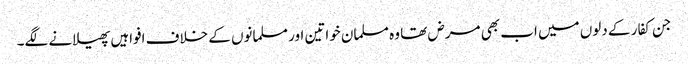
جن کفار کے دلوں میں اب بھی مرض تھا وہ مسلمان خواتین اور مسلمانوں کے خلاف افواہیں پھیلانے لگے۔